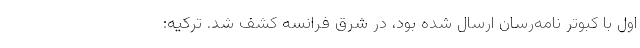
اول با کبوتر نامه‌رسان ارسال شده بود، در شرق فرانسه کشف شد. ترکیه: